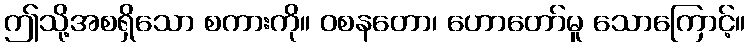
ဤသို့အစရှိသော စကားကို။ ဝစနတော၊ ဟောတော်မူ သောကြောင့်။